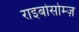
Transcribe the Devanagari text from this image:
राइबोसोम्ज़